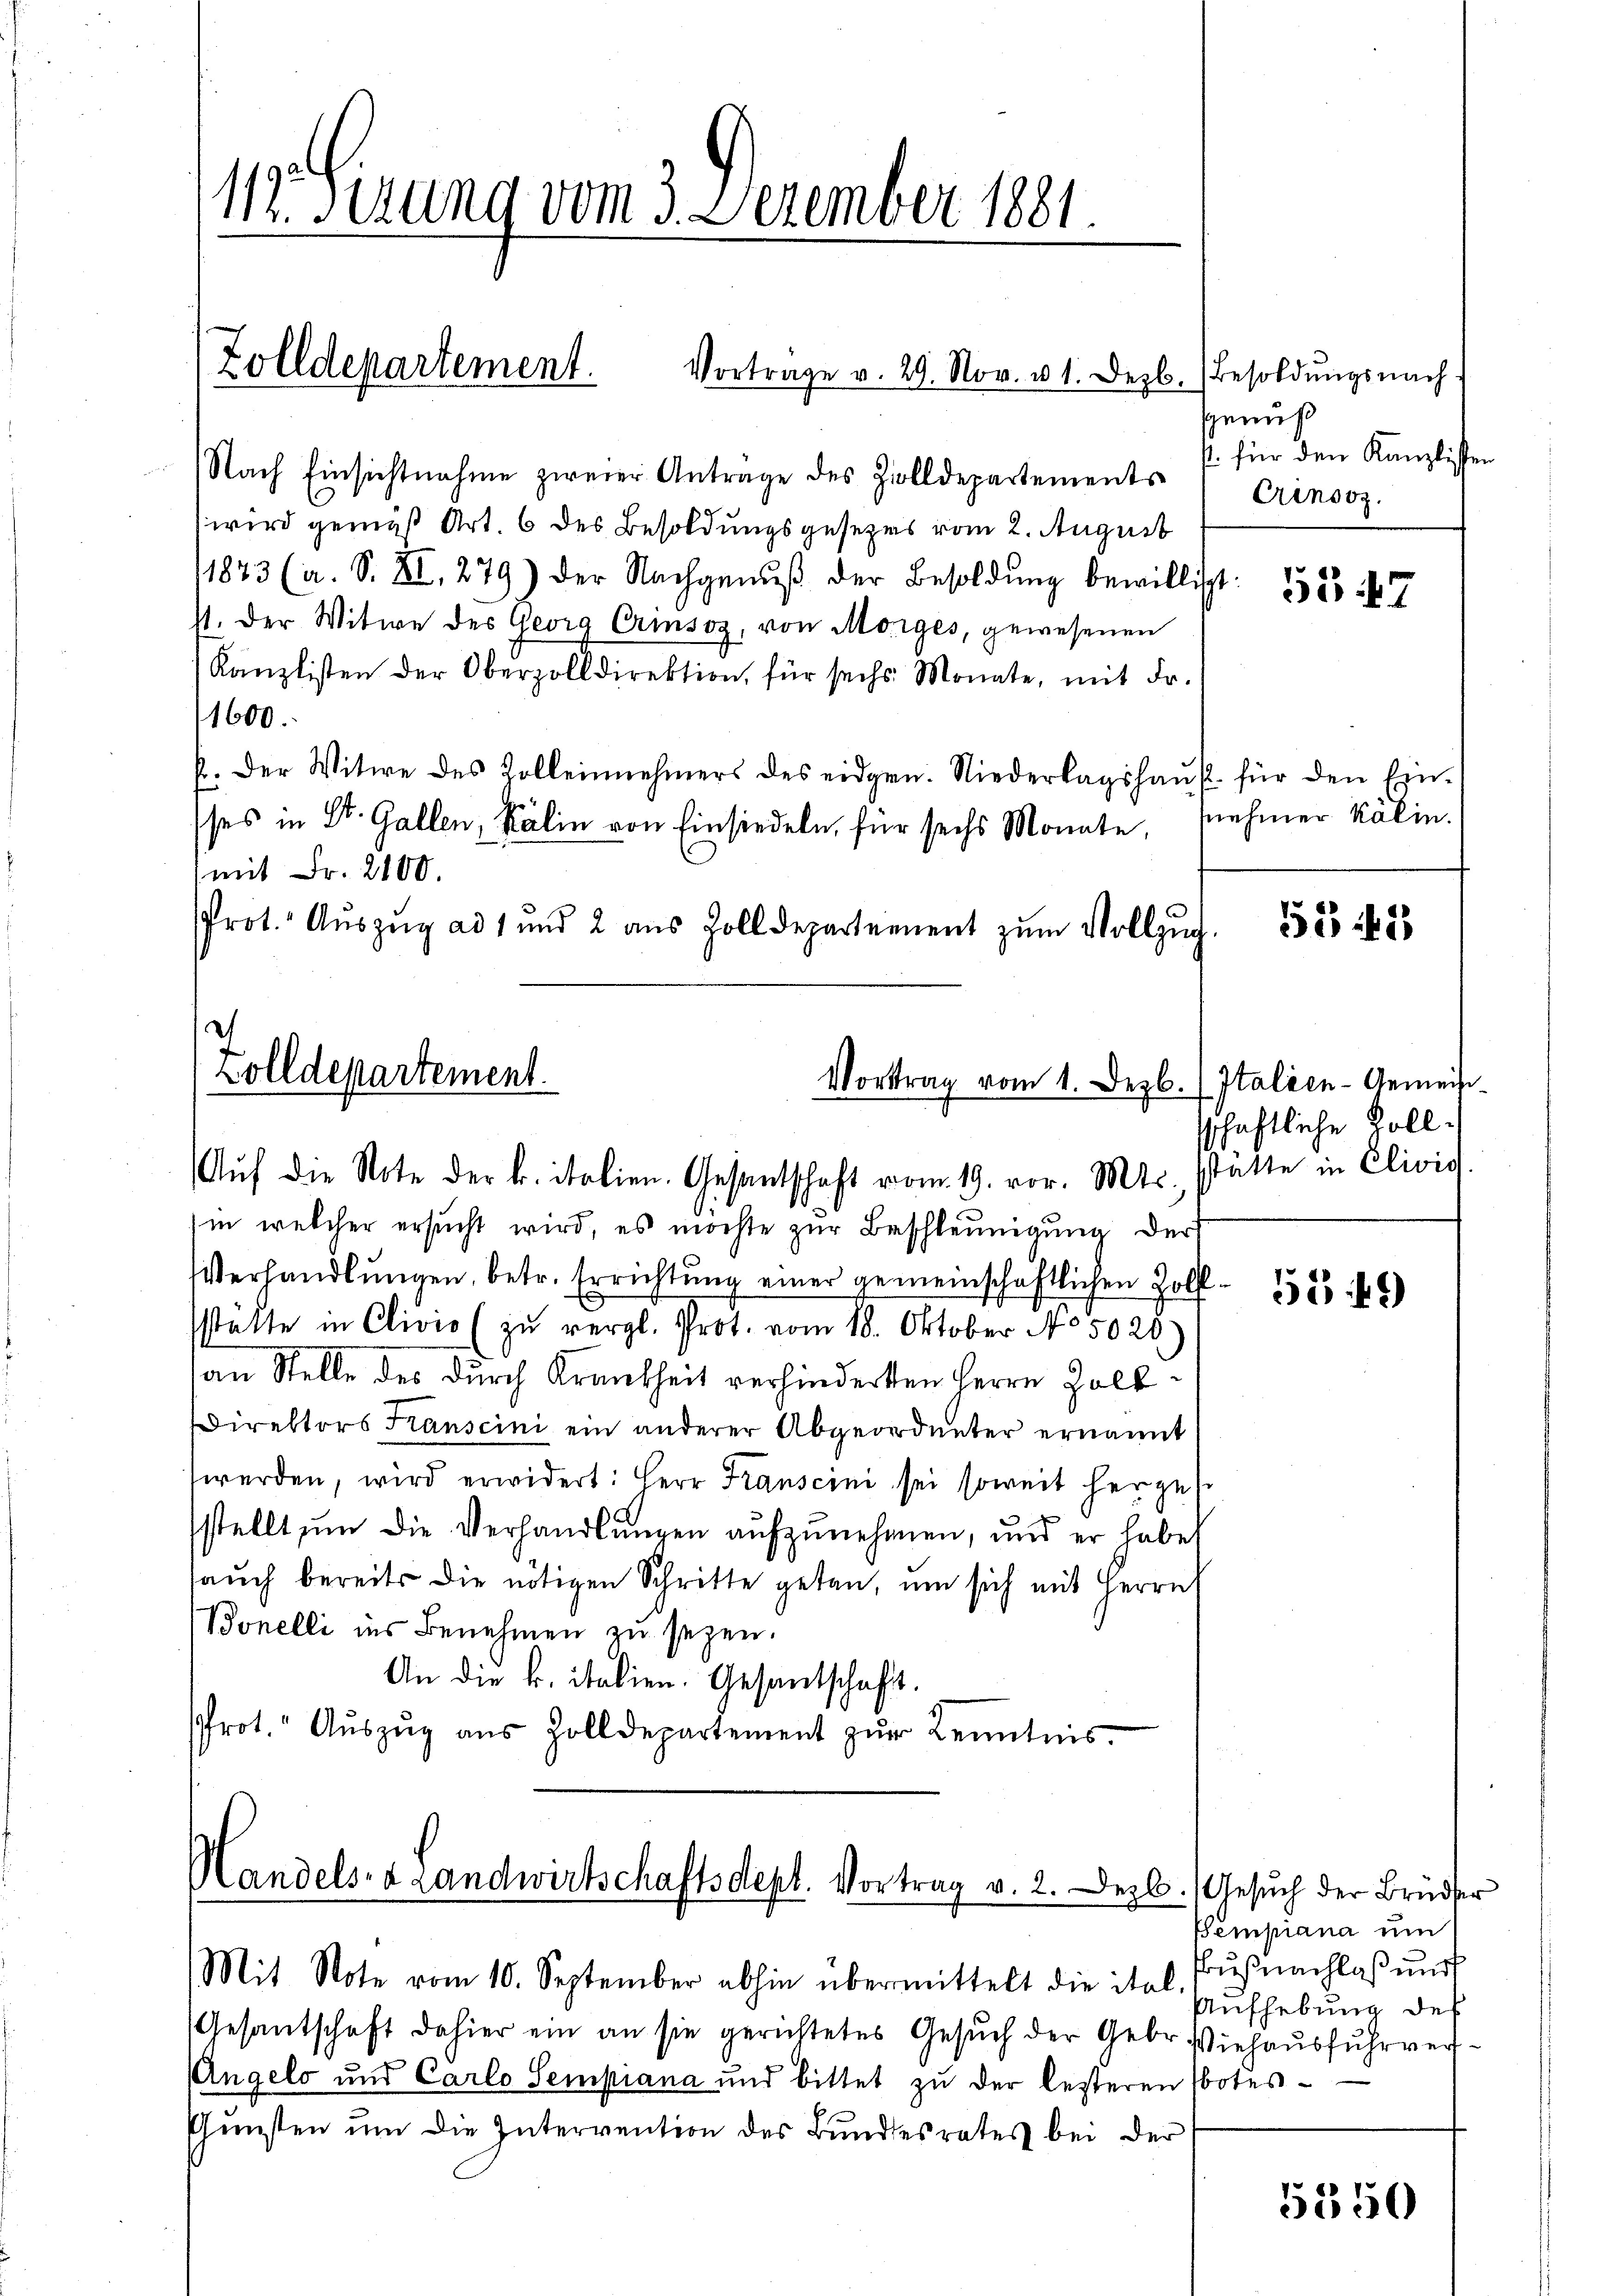
112. Sirung vom 3. Dezember 1881.

Nach Einsichtnahme zweier Antrage des Zolldepartements
wird gemäß Art. 6 des Besoldungsgesezes vom 2. August
1823 (a. S. XI, 279) der Nachgenŭβ der Besoldŭng bewilligt.
11. Der Witwe des Georg Erinsoz, von Morges, gewesenen
Kanzlisten der Oberzolldirektion, für sechs Monate, mit Fr.
1600.
b. Der Witwe des Zolleinehmers des eidgen. Niederlagshaŭs für den Ein-
sses in St. Gallen, Kälin von Einsiedeln, für sechs Monate, nehmer Kälin.
mit Fr. 2100.
Prot. Aŭszŭg ad 1 und 2 aus Zolldepartement zŭm Vollzug.

Zolldepartement. Vortrage v. 29. Nov. u 1. Dezb.) Besoldŭngsnach d

Zolldepartement.
Vortrag vom 1. Dezb. Italien-Gemein¬

Aŭf die Note der k. italien. Gesantschaft vom 19. vor. Mts. statte in Clivis
in welcher ersucht wird, es möchte zur Beschleunigung der
Verhandlungen, betr. Errichtung einer gemeinschaftlichen Zollstätte in Clivio (zu vergl. Prot. vom 18. Oktober No. 5025
an Stelle des durch Krankheit verhinderten Herrn Holt
Direktors Transcini ein anderer Abgeordneter ernannt
werden, wird erwidert: Herr Franscini sei soweit herzust
stellt um die Verhandlungen aufzunehmen, und er habe
auch bereits die nötigen Schritte getan, um sich mit Herrn
Bonelli ins Benehmen zu seyen.
An die k. italien. Gesantschaft.
Prot." Aŭszŭg aŭs Zolldepartement zŭr Kenntnis-

Handels- & Landwirtschaftsdept. Vortrag v. 2. Dezb. Gesuch der Brüder
Mit Note vom 10. September abhin übermittelt die ital. Fŭβnachlaβŭng

Gesantschaft dahier ein an sie gerichtetes Gesuch der Gebr. Viehausfuhrvers¬
Angelo und Carlo Sempiana und bittet zu der lezteren botes¬
Gunsten um die Intervention des Bundesrates bei der

Genuß
t. für den Kanzlisten
Crinsoz.

53 47

5541

schaftliche Voll¬

5549)

Pempiana um
Aufhebung des

5350